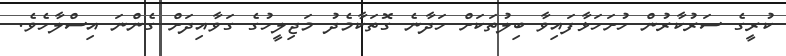
ކުރީގެ ސަރުކާރުން ހުށަހަޅާފައިވާ ބިލުތަކަށް ހަދާނެ ގޮތަކާމެދު މަޖިލީހުގެ ގަވާއިދަށް ގެންނަ އިސްލާހެވެ.